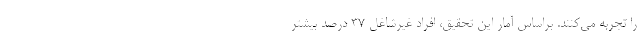
را تجربه می‌کنند. براساس آمار این تحقیق، افراد غیرشاغل 37 درصد بیشتر